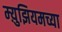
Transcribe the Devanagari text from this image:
म्य़ुझियमच्या